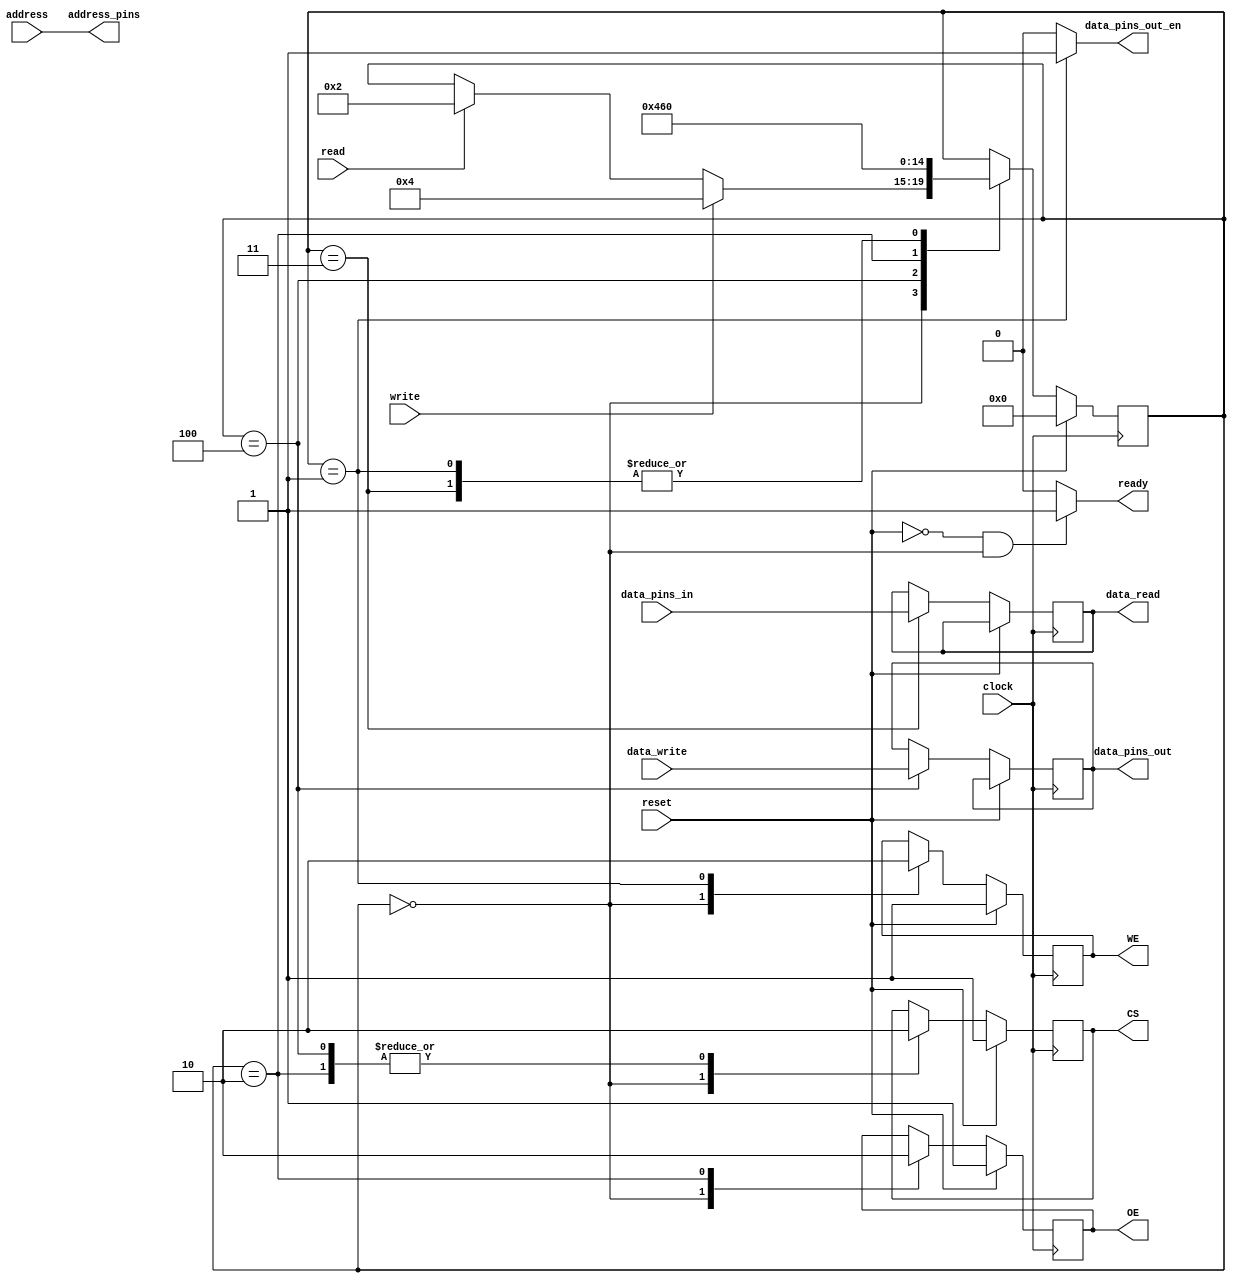



// DESIGNING SRAM 


`default_nettype none

module sram (

    input  wire		reset,			// reset signal, responsible for system operation
    input  wire 	clock,			// clock signal
    input  wire 	write,			// write signal
    input  wire 	read,			// read signal
    input  wire [3:0]  data_write,       	// data to write
    output wire [3:0]  data_read,       	// data to read
    input  wire [7:0]  address,          	// address to write
    output wire    	ready,                  // high when ready for next operation
    output wire 	data_pins_out_en,       // in and out on data pins

    // SRAM pins

    output wire [7:0]  address_pins,    	// address pins of the SRAM
    input  wire [3:0]  data_pins_in,		// 
    output wire [3:0]  data_pins_out,		//
    output wire 	OE,                     // output enable - low to enable
    output wire		WE,                     // write enable - low to enable
    output wire 	CS                      // chip select - low to enable

);

    localparam STATE_IDLE = 0;
    localparam STATE_WRITE = 1;
    localparam STATE_WRITE_SETUP = 4;
    localparam STATE_READ_SETUP = 2;
    localparam STATE_READ = 3;

    reg output_enable;
    reg write_enable;
    reg chip_select;

    reg [4:0] state;
    reg [3:0] data_read_reg;
    reg [3:0] data_write_reg;

    assign data_pins_out_en = (state == STATE_WRITE) ? 1 : 0; 
    assign address_pins = address;
    assign data_pins_out = data_write_reg;
    assign data_read = data_read_reg;
    assign OE = output_enable;
    assign WE = write_enable;
    assign CS = chip_select;

    assign ready = (!reset && state == STATE_IDLE) ? 1 : 0; 

    initial begin
        state <= STATE_IDLE;
        output_enable <= 1;
        chip_select <= 1;
        write_enable <= 1;
    end

	always@(posedge clock) begin
        if( reset == 1 ) begin
            state <= STATE_IDLE;
            output_enable <= 1;
            chip_select <= 1;
            write_enable <= 1;
        end
        else begin
            case(state)
                STATE_IDLE: begin
                    output_enable <= 1;
                    chip_select <= 1;
                    write_enable <= 1;
                    if(write) state <= STATE_WRITE_SETUP;
                    else if(read) state <= STATE_READ_SETUP;
                end
                STATE_WRITE_SETUP: begin
                    chip_select <= 0;
                    data_write_reg <= data_write;
                    state <= STATE_WRITE;
                end
                STATE_WRITE: begin
                    write_enable <= 0;
                    state <= STATE_IDLE;
                end
                STATE_READ_SETUP: begin
                    output_enable <= 0;
                    chip_select <= 0;
                    state <= STATE_READ;
                end
                STATE_READ: begin
                    data_read_reg <= data_pins_in;
                    state <= STATE_IDLE;
                end
            endcase
        end
    end


endmodule